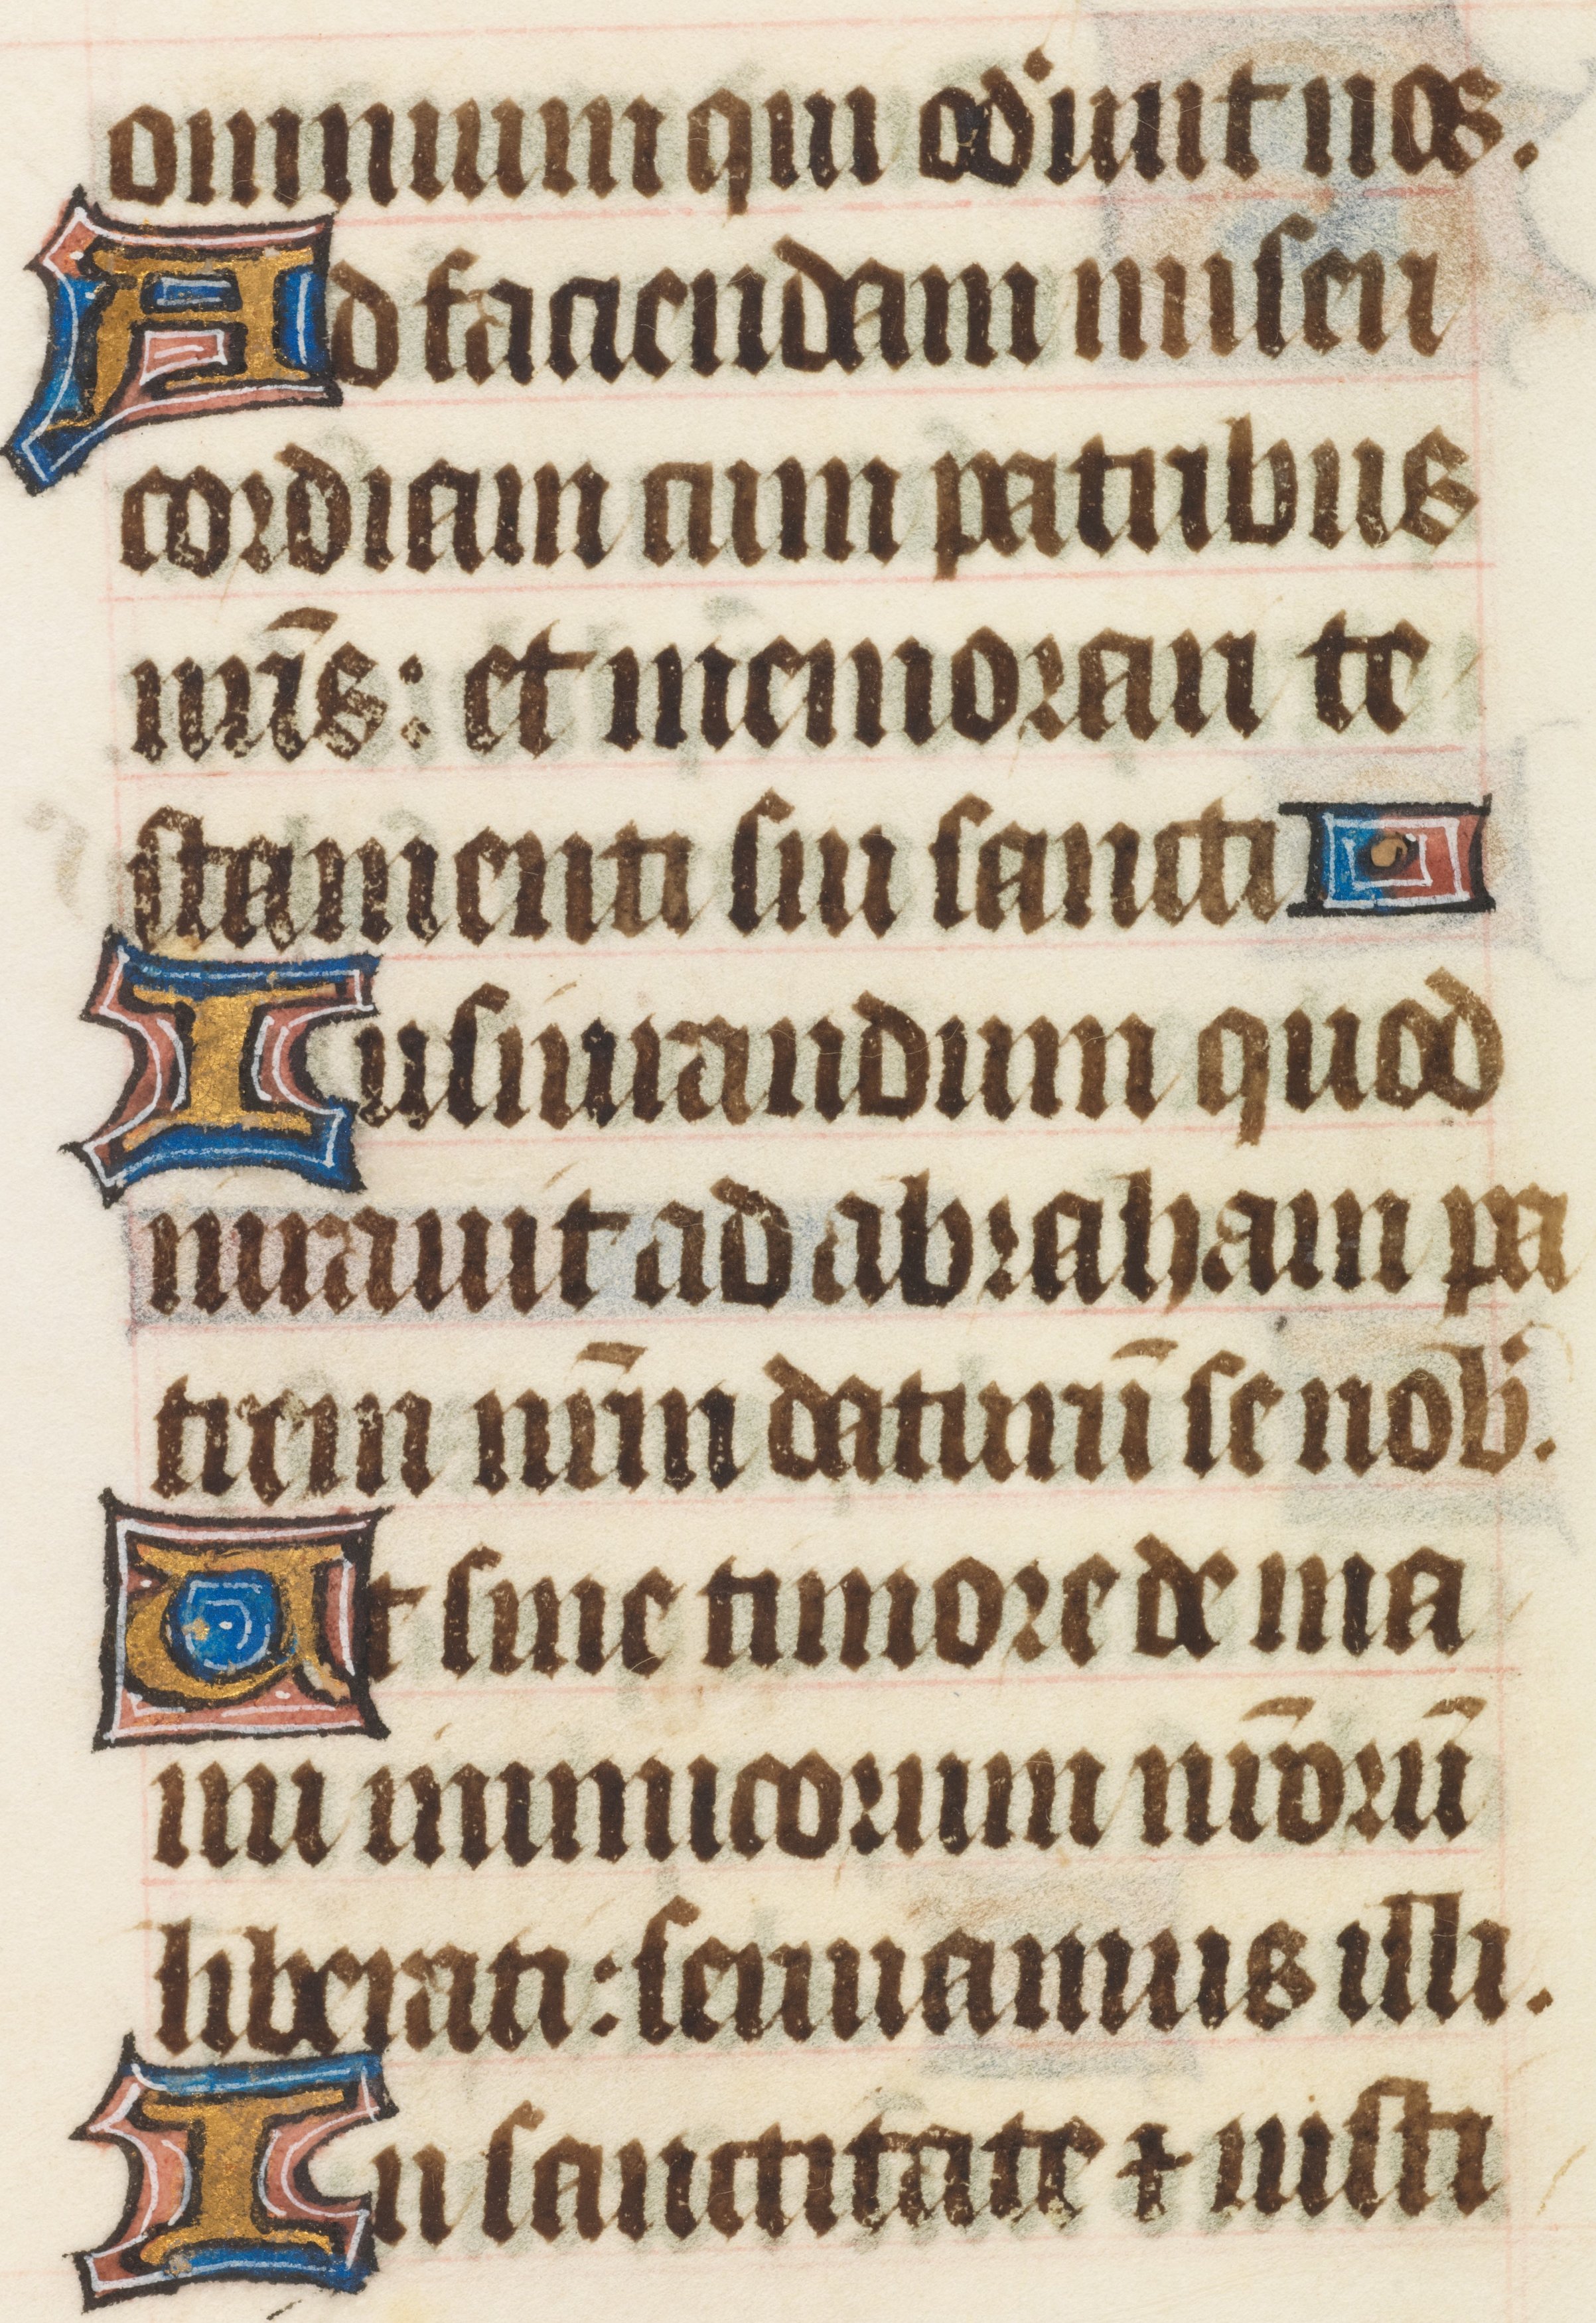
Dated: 1414–1445